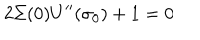
2 \Sigma ( 0 ) U ^ { \prime \prime } ( \sigma _ { 0 } ) + 1 = 0